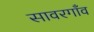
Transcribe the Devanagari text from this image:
सावरगाँव